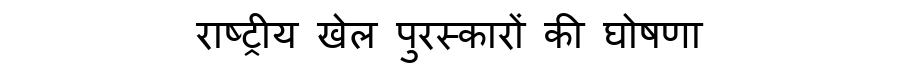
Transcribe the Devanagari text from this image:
राष्ट्रीय खेल पुरस्कारों की घोषणा